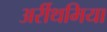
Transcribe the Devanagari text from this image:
अर्रीथमिया